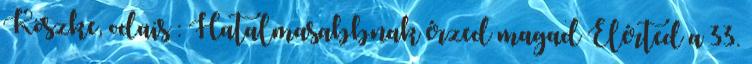
Köszke, odais : Hatalmasabbnak érzed magad Elérted a 33.